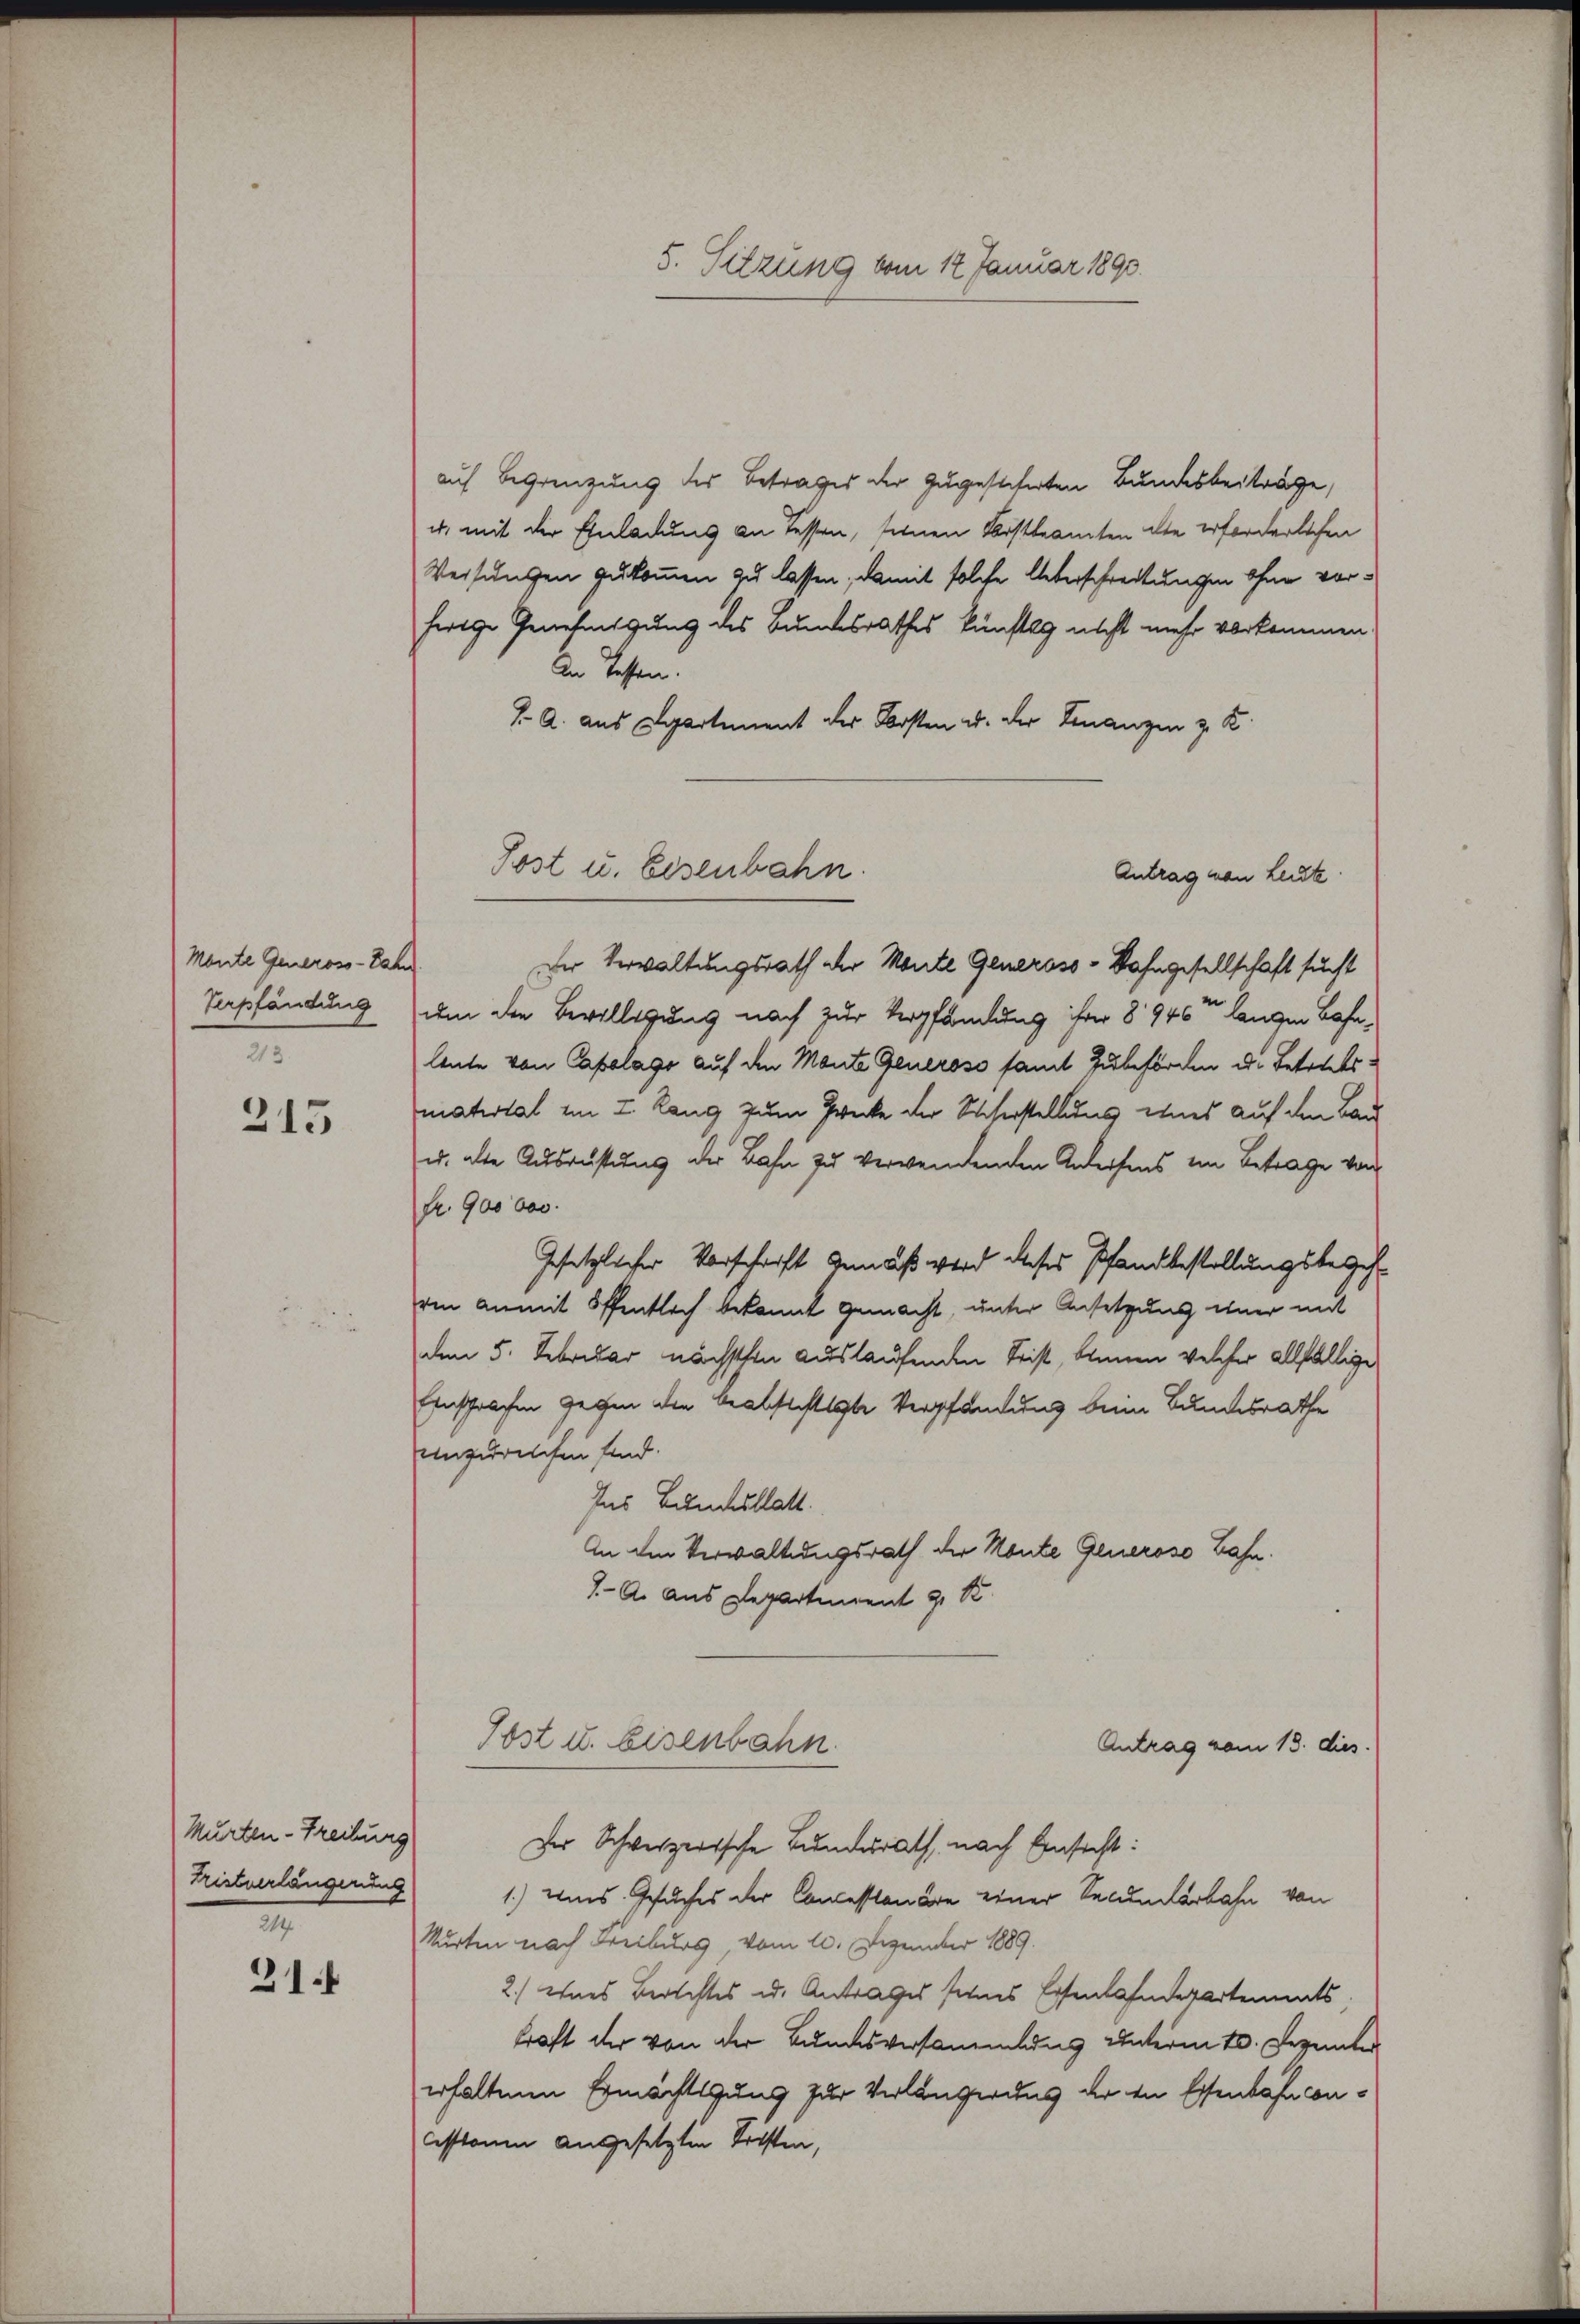
Monte Geneross-Bahn
Verpfändung
213.

215

Murten - Treiburg
I

21

auf Begrenzung des Betrages der zugesicherten Bundesbeitrage,
u. mit der Einladung an Tessen, seinen Erstbeamten die erforderlichen
Weisungen zukommen zu lassen, damit solche Ueberschreitungen ohne vorherige Genehmigung des Bundesrathes künftig nicht mehr vorkommen
An Tessen.
J. A. aus Departement der Kosten u. der Finanzen z. K.
Antrag von Leute.
Der Verwaltungsrath der Monte Generoso-Bahngesellschaft sucht
um die Bewilligung nach zur Verpfändung ihrer 8946t langen Bahnleute von Capelage auf den Mante Generoso samt Zubehörden d. Betreitsmatistal im I. Rang zum Zwecke der Sicherstellung eines auf den Bau
u. alte Ausrüstung der Bahn zu verwendenden Anderfens im Betrage von
fr. 900 bes
Gesetzlicher Vorschrift gemäß wird dieses Pfandbestellungsbegehrin anmit öffentlich bekannt gemacht, unter Ansetzung einer mit
den 5. Februar nächsthen auslaufenden Seist, binnen welcher allfällige
Einschelchen gegen die beabsichtigte Verpfandung beim Bundesrathe
unzurechen sind.
Ins Bundesblatt.
An den Verwaltungsrath der Monte Generoso Bahn.
I. A. aus Departement 9. S
Post u. Eisenbahn
Antrag vom 13. dies
Der Schweizerische Bunderath, nach Einsicht:
Tristverlängerung 1.) Eins Gesuches der Concessionäre einer Secunterbahn von
Murten nach Freiburg, vom 10. Dezember 1889.
2.) Ohnes Berichtes u. Antrages seines Eisenbahndepartements
kraft der von der Bundesversammlung unterm 10. Dezember
erhaltene Ermächtigung zur Verlangerung der in Essenbahn con¬
Cessionen angesetzten Vorsten,

5. Sitzung vom 12 Januar 1890.

Jost u. Eisenbahn